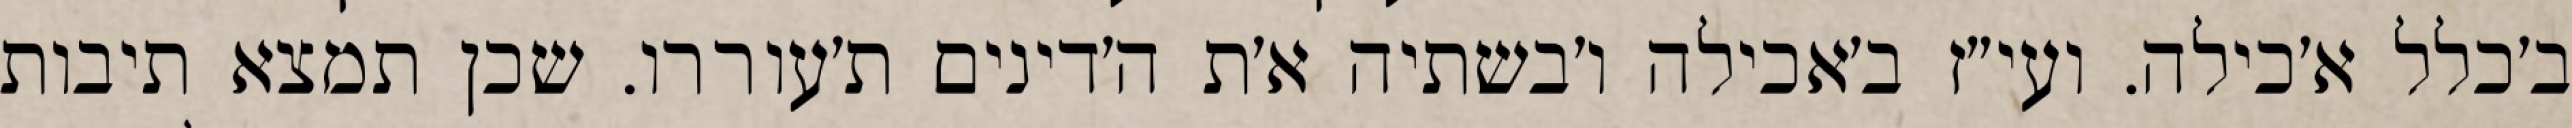
ב׳כלל א׳כילה. ועי״ז ב׳אכילה ו׳בשתיה א׳ת ה׳דינים ת׳עוררו. שכן תמצא תיבות